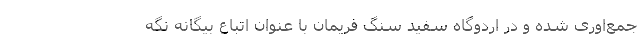
جمع‌اوری شده و در اردوگاه سفید سنگ فریمان با عنوان اتباع بیگانه نگه